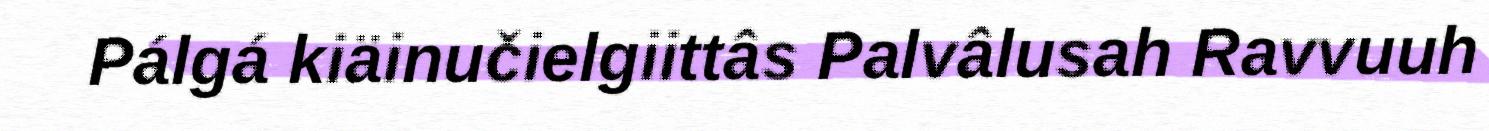
Pálgá kiäinučielgiittâs Palvâlusah Ravvuuh